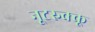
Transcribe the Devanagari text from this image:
नूटरुक्कू